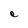
Character: e